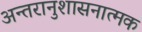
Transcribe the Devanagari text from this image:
अन्तरानुशासनात्मक